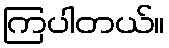
ကြပါတယ်။